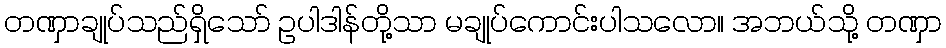
တဏှာချုပ်သည်ရှိသော် ဥပါဒါန်တို့သာ မချုပ်ကောင်းပါသလော။ အဘယ်သို့ တဏှာ